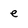
Character: e